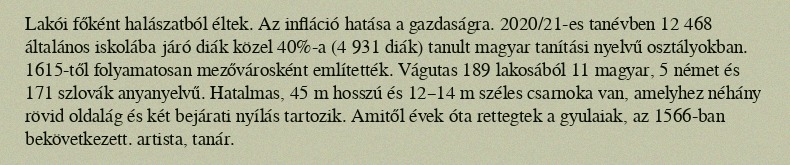
Lakói főként halászatból éltek. Az infláció hatása a gazdaságra. 2020/21-es tanévben 12 468 általános iskolába járó diák közel 40%-a (4 931 diák) tanult magyar tanítási nyelvű osztályokban. 1615-től folyamatosan mezővárosként említették. Vágutas 189 lakosából 11 magyar, 5 német és 171 szlovák anyanyelvű. Hatalmas, 45 m hosszú és 12–14 m széles csarnoka van, amelyhez néhány rövid oldalág és két bejárati nyílás tartozik. Amitől évek óta rettegtek a gyulaiak, az 1566-ban bekövetkezett. artista, tanár.